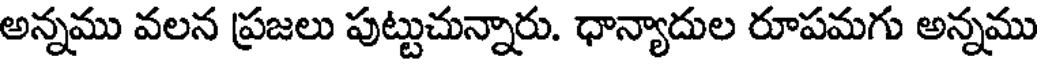
అన్నము వలన ప్రజలు పుట్టుచున్నారు. ధాన్యాదుల రూపమగు అన్నము